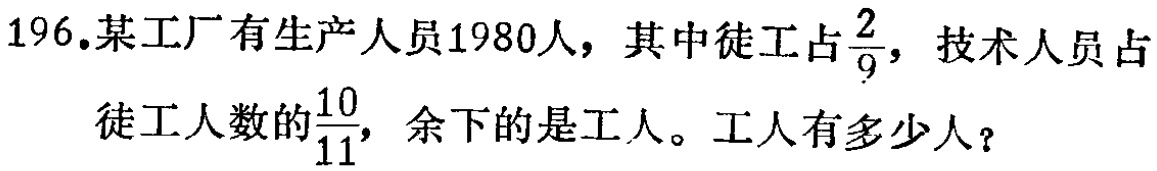
196.某工厂有生产人员1980人，其中徒工占$\frac{2}{9}$，技术人员占徒工人数的$\frac{10}{11}$，余下的是工人。工人有多少人？